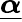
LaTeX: \underline{{\boldsymbol{\alpha}}}